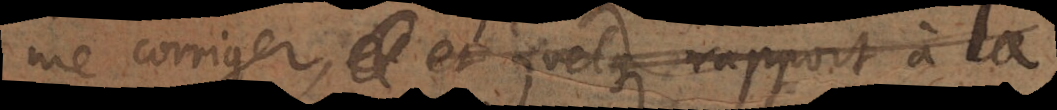
me corriger, et quelque rapport à la